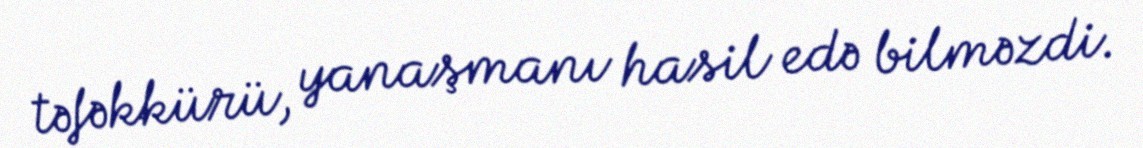
təfəkkürü, yanaşmanı hasil edə bilməzdi.